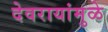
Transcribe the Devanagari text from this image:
देवरायांमुळे